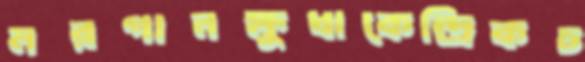
মরগানক্ষুধাকেন্দ্রিকচ